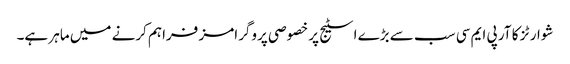
شوارٹز کا آر پی ایم سی سب سے بڑے اسٹیج پر خصوصی پروگرامز فراہم کرنے میں ماہر ہے۔